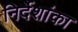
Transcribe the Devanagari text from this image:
निर्देशांका